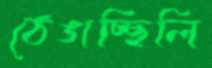
ঠেঙাচ্ছিলি